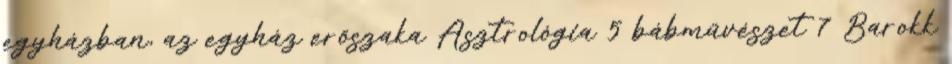
egyházban, az egyház erőszaka Asztrológia 5 bábművészet 7 Barokk